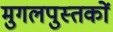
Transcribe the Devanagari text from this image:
मुगलपुस्तकों